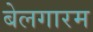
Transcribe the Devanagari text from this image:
बेलगारम